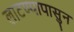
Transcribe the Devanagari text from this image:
लाटण्यापासुन